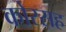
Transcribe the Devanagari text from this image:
कोरसह